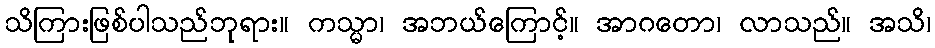
သိကြားဖြစ်ပါသည်ဘုရား။ ကသ္မာ၊ အဘယ်ကြောင့်။ အာဂတော၊ လာသည်။ အသိ၊